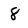
Character: 8